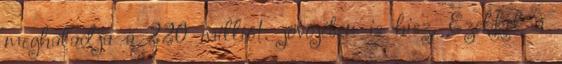
meghaladja a 220 milliót. jövőjében is hisz. Ezekkel a